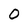
Character: 0